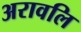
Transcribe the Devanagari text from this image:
अरावलि